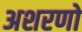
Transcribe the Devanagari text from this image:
अशरणो